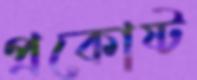
প্রকোষ্ট